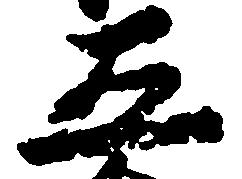
五